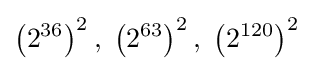
\left(2^{36}\right)^{2},\;\left(2^{63}\right)^{2},\;\left(2^{120}\right)^{2}